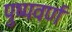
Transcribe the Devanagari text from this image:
पुष्पवर्ण